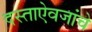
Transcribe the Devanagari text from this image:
दस्ताऐवजांचे